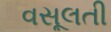
વસૂલતી